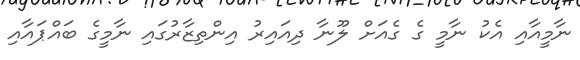
ނާމީއާއި އެކު ނާމީ ގެ ގެއަށް ލޫނާ ދިއައިރު އިންތިޒާރުގައި ނާމީގެ ބައްޕައާއި